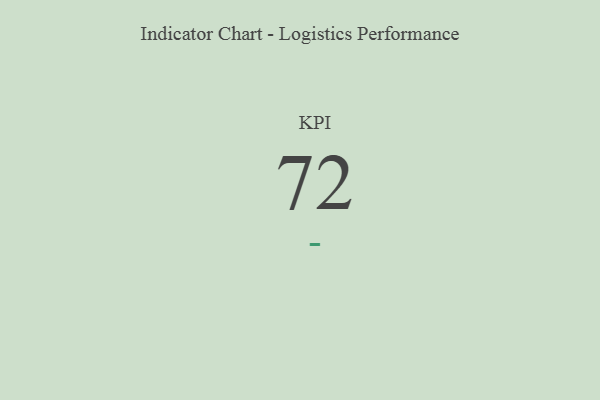
{"axis": {"x": "KPI", "y": "Value"}, "legend": [""], "data": [{"x": "KPI", "y": 72, "type": ""}]}